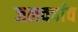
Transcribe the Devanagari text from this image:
जलवर्षाव